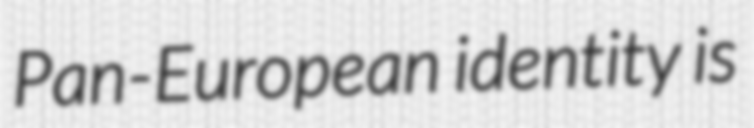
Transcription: Pan-European identity is